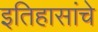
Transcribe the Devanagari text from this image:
इतिहासांचे